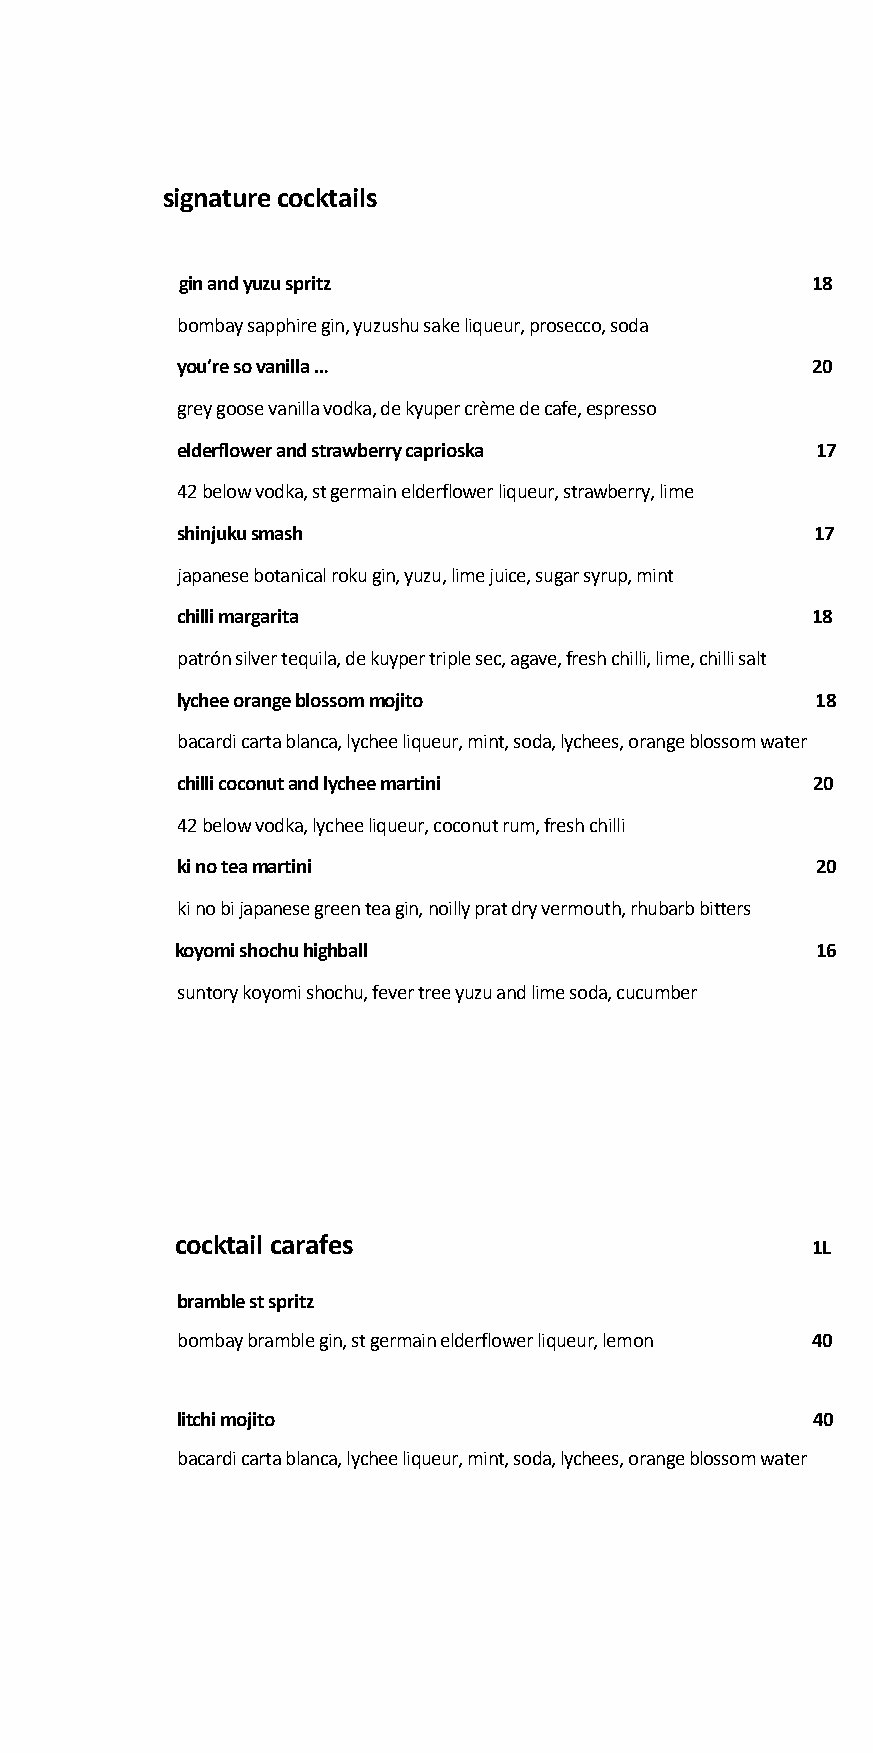
signature cocktails
 gin and yuzu spritz                       18
 bombay sapphire gin, yuzushu sake liqueur, prosecco, soda
 you’re so vanilla …                       20
 grey goose vanilla vodka, de kyuper crème de cafe, espresso
 elderflower and strawberry caprioska      17
 42 below vodka, st germain elderflower liqueur, strawberry, lime
 shinjuku smash                            17
 japanese botanical roku gin, yuzu, lime juice, sugar syrup, mint
 chilli margarita                          18
 patrón silver tequila, de kuyper triple sec, agave, fresh chilli, lime, chilli salt
 lychee orange blossom mojito              18
 bacardi carta blanca, lychee liqueur, mint, soda, lychees, orange blossom water
 chilli coconut and lychee martini         20
 42 below vodka, lychee liqueur, coconut rum, fresh chilli
 ki no tea martini                         20
 ki no bi japanese green tea gin, noilly prat dry vermouth, rhubarb bitters
 koyomi shochu highball                    16
 suntory koyomi shochu, fever tree yuzu and lime soda, cucumber
 cocktail carafes                          1L
 bramble st spritz
 bombay bramble gin, st germain elderflower liqueur, lemon 40
 litchi mojito                             40
 bacardi carta blanca, lychee liqueur, mint, soda, lychees, orange blossom water